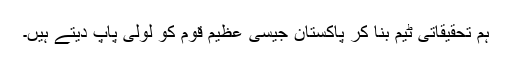
ہم تحقیقاتی ٹیم بنا کر پاکستان جیسی عظیم قوم کو لولی پاپ دیتے ہیں۔